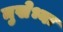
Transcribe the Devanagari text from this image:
मुखेभ्यः